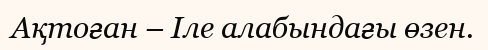
Ақтоған – Іле алабындағы өзен.